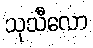
သုသီလော